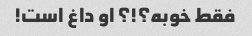
فقط خوبه؟!؟ او داغ است!